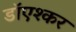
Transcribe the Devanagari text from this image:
डाॅएश्कर